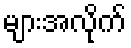
များအလိုက်